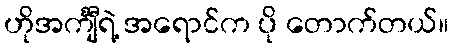
ဟိုအင်္ကျီရဲ့ အရောင်က ပို တောက်တယ်။